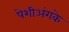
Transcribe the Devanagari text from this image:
पेशीअंगके